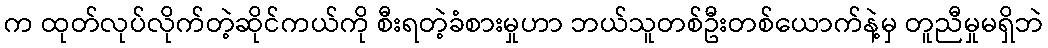
က ထုတ်လုပ်လိုက်တဲ့ဆိုင်ကယ်ကို စီးရတဲ့ခံစားမှုဟာ ဘယ်သူတစ်ဦးတစ်ယောက်နဲ့မှ တူညီမှုမရှိဘဲ